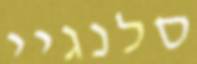
סלנגיי